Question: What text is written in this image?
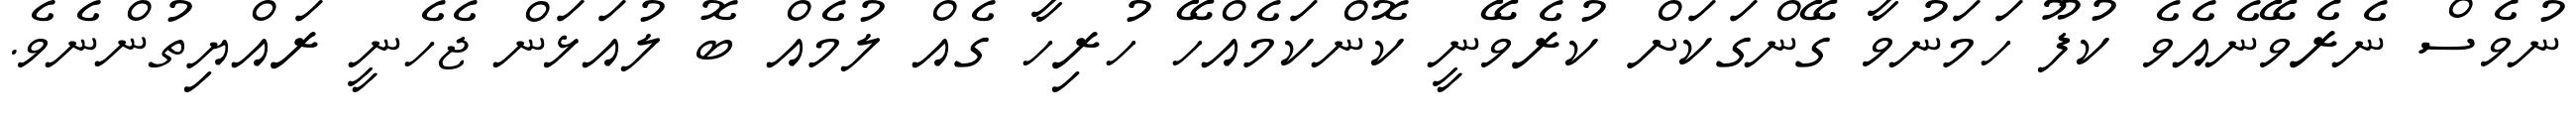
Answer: ނުވެސް ނެރެވޭނެއެވެ ކުފޫ ހަމަނުވާ ގޭންގަކަށް ކުރެވޭނީ ކޮންކަމެއްހޭ ހުރިހާ ގެއް ލުމެއް ބޮ ލުއަޅަން ޖެހެނީ ރައްޔިތުންނެވެ.